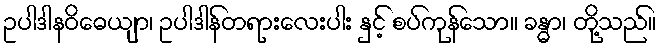
ဥပါဒါနဝိဓေယျာ၊ ဥပါဒါန်တရားလေးပါး နှင့် စပ်ကုန်သော။ ခန္ဓာ၊ တို့သည်။